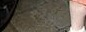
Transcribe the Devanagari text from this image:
१३१९४